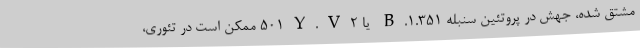
مشتق شده، جهش در پروتئین سنبله B.۱.۳۵۱ یا ۵۰۱Y.V۲ ممکن است در تئوری،